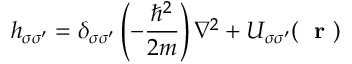
h _ { \sigma \sigma ^ { \prime } } = \delta _ { \sigma \sigma ^ { \prime } } \left( - \frac { \hbar ^ { 2 } } { 2 m } \right) \nabla ^ { 2 } + U _ { \sigma \sigma ^ { \prime } } ( \mathrm { ~ \bf ~ r ~ } )